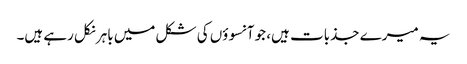
یہ میرے جذبات ہیں، جو آنسوؤں کی شکل میں باہر نکل رہے ہیں۔